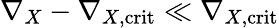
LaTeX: \nabla_{X}-\nabla_{X,\mathrm{crit}}\ll\nabla_{X,\mathrm{crit}}